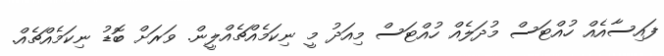
ފައިސާއެއް ހުއްޓަސް މުދަލެއް ހުއްޓަސް މިއަދު މީ ނިކަމެއްޗެއްލީން. ވަރަށް ބޮޑު ނިކަމެއްޗެއް.